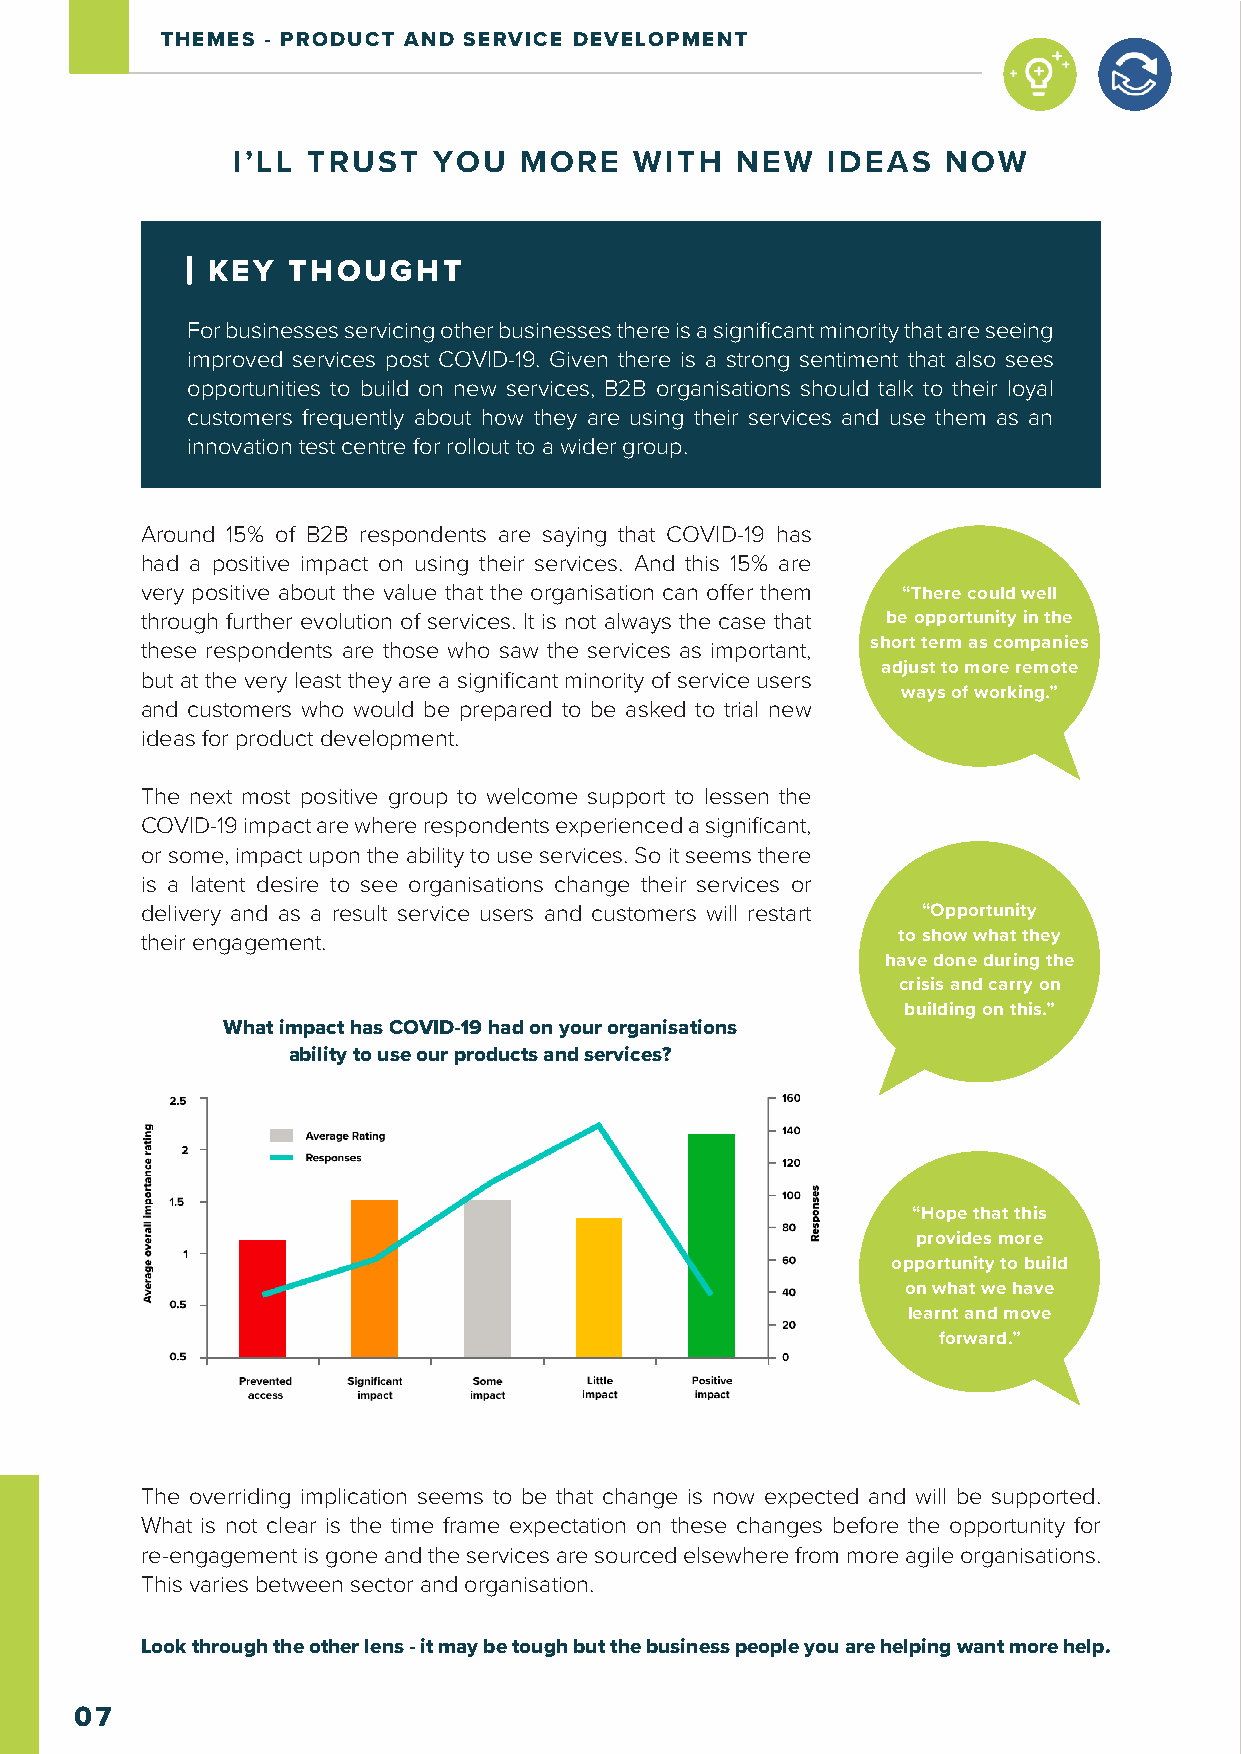
THEMES - PRODUCT AND SERVICE DEVELOPMENT
 I’LL TRUST    YOU  MORE    WITH   NEW   IDEAS   NOW
 KEY  THOUGHT
 For businesses servicing other businesses there is a significant minority that are seeing
 improved services post COVID-19. Given there is a strong sentiment that also sees
 opportunities to build on new services, B2B organisations should talk to their loyal
 customers frequently about how they are using their services and use them as an
 innovation test centre for rollout to a wider group.
 Around 15% of B2B respondents are saying that COVID-19 has
 had a positive impact on using their services. And this 15% are
 very positive about the value that the organisation can offer them “There could well
 through further evolution of services. It is not always the case that be opportunity in the
 these respondents are those who saw the services as important, short term as companies
 adjust to more remote
 but at the very least they are a significant minority of service users
 ways of working.”
 and customers who would be prepared to be asked to trial new
 ideas for product development.
 The next most positive group to welcome support to lessen the
 COVID-19 impact are where respondents experienced a significant,
 or some, impact upon the ability to use services. So it seems there
 is a latent desire to see organisations change their services or
 delivery and as a result service users and customers will restart “Opportunity
 their engagement.                                 to show what they
 have done during the
 crisis and carry on
 building on this.”
 What impact has COVID-19 had on your organisations
 ability to use our products and services?
 “Hope that this
 provides more
 opportunity to build
 on what we have
 learnt and move
 forward.”
 The overriding implication seems to be that change is now expected and will be supported.
 What is not clear is the time frame expectation on these changes before the opportunity for
 re-engagement is gone and the services are sourced elsewhere from more agile organisations.
 This varies between sector and organisation.
 Look through the other lens - it may be tough but the business people you are helping want more help.
 07